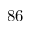
8 6